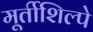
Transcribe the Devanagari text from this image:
मूर्तीशिल्पे